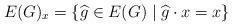
LaTeX: \begin{align*}E(G)_x = \{\widehat{g} \in E(G) \mid \widehat{g} \cdot x =x\}\end{align*}